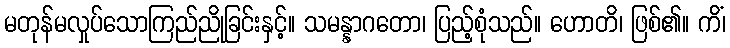
မတုန်မလှုပ်သောကြည်ညိုခြင်းနှင့်။ သမန္နာဂတော၊ ပြည့်စုံသည်။ ဟောတိ၊ ဖြစ်၏။ ကိံ၊